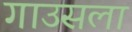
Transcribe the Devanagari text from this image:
गाउसला